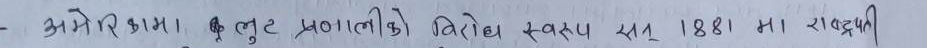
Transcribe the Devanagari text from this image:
अमेरिकामा। लूट प्रणालीको विरोध स्वरूप सन् 1881 मा राष्ट्रप